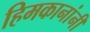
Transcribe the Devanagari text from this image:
हिमकानांनी